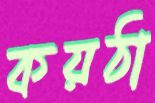
কয়ঠা